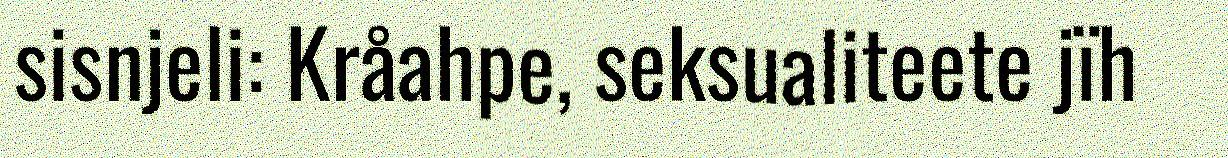
sisnjeli: Kråahpe, seksualiteete jïh